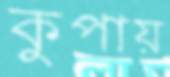
কুপায়